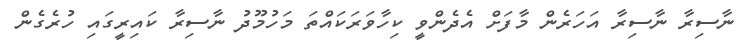
ނާސިރާ ނާސިރާ އަހަރެން މާފަށް އެދެންވީ ކިހާވަރަކައްތަ މަހުމޫދު ނާސިރާ ކައިރީގައި ހުރެގެން